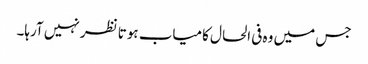
جس میں وہ فی الحال کامیاب ہوتا نظر نہیں آرہا۔